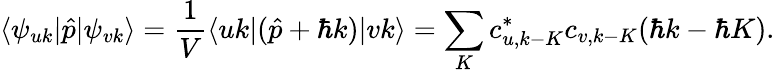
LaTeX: \langle\psi_{uk}|\hat{p}|\psi_{vk}\rangle=\frac{1}{V}\langle uk|(\hat{p}+\hbar k)|vk\rangle=\sum_{K}c_{u,k-K}^{*}c_{v,k-K}(\hbar k-\hbar K).